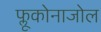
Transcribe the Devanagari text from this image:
फ्लूकोनाजोल